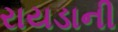
રાયડાની